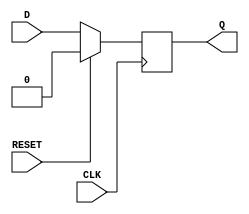
module synchronous_register (
    input wire D,          // Data input
    input wire CLK,        // Clock input
    input wire RESET,      // Synchronous reset
    output reg Q           // Data output
);

// Always block triggered on the rising edge of the clock or the reset signal
always @(posedge CLK) begin
    if (RESET) begin
        Q <= 1'b0;        // Reset the output to 0
    end else begin
        Q <= D;           // Capture the data input on the clock edge
    end
end

endmodule